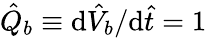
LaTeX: \hat{Q}_{b}\equiv\mathrm{d}\hat{V}_{b}/\mathrm{d}\hat{t}=1